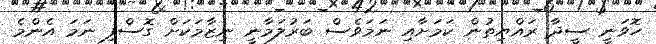
ހޮވަނީ ސީދާ ރައްޔިތުން ކަމަށާއި ނަމަވެސް ބަރުލަމާނީ ނިޒާމަކަށް ގޮސްފި ނަމަ އެންމެ